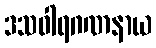
ဒသဝါရဂဏနာယ